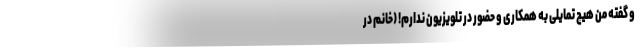
و گفته من هیچ تمایلی به همکاری و حضور در تلویزیون ندارم! (خانم در